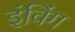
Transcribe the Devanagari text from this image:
इंविंग